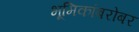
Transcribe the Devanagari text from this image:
भूमिकांबरोबर